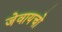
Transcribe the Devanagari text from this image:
जेवायचो